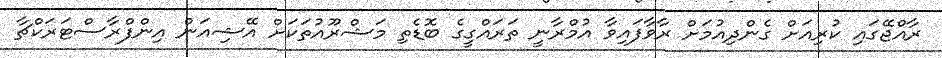
ރާއްޖޭގައި ކުރިއަށް ގެންދިއުމަށް ރާވާފައިވާ އުމްރާނީ ތަރައްގީގެ ބޮޑެތި މަޝްރޫއުތަކަށް އޭޝިއަން އިންފްރާސްޓަރަކްޗާ